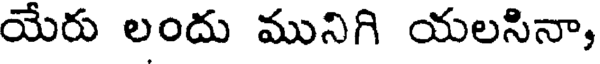
యేరు లందు మునిగి యలసినా,